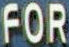
FOR